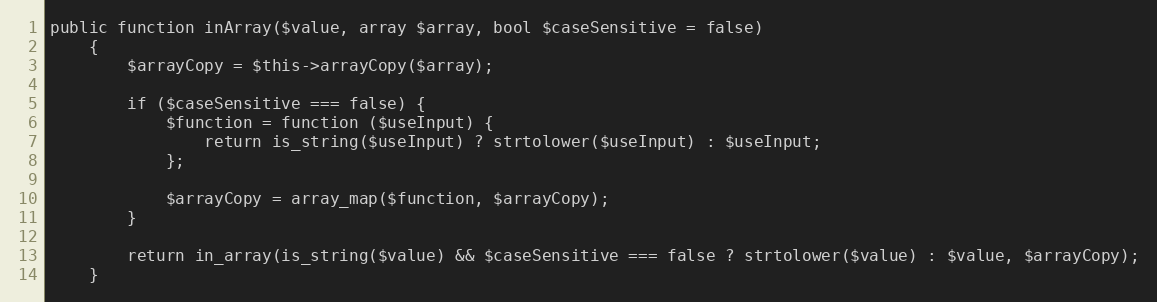
Language: PHP
public function inArray($value, array $array, bool $caseSensitive = false)
    {
        $arrayCopy = $this->arrayCopy($array);

        if ($caseSensitive === false) {
            $function = function ($useInput) {
                return is_string($useInput) ? strtolower($useInput) : $useInput;
            };

            $arrayCopy = array_map($function, $arrayCopy);
        }

        return in_array(is_string($value) && $caseSensitive === false ? strtolower($value) : $value, $arrayCopy);
    }